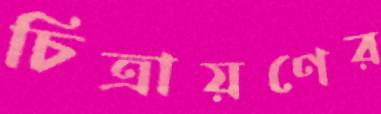
চিত্রায়ণের